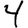
Digit: 4